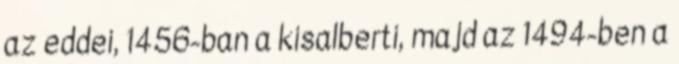
az eddei, 1456-ban a kisalberti, majd az 1494-ben a